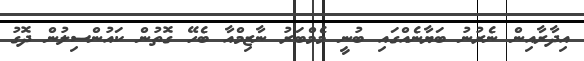
އިދާރާއިން ނެރުނު ބަޔާނެއްގައި ބުނީ މެމްބަރު ނާޒިމްއާ ބެހޭ ގޮތުން ކައުންސިލުން ދޮގު